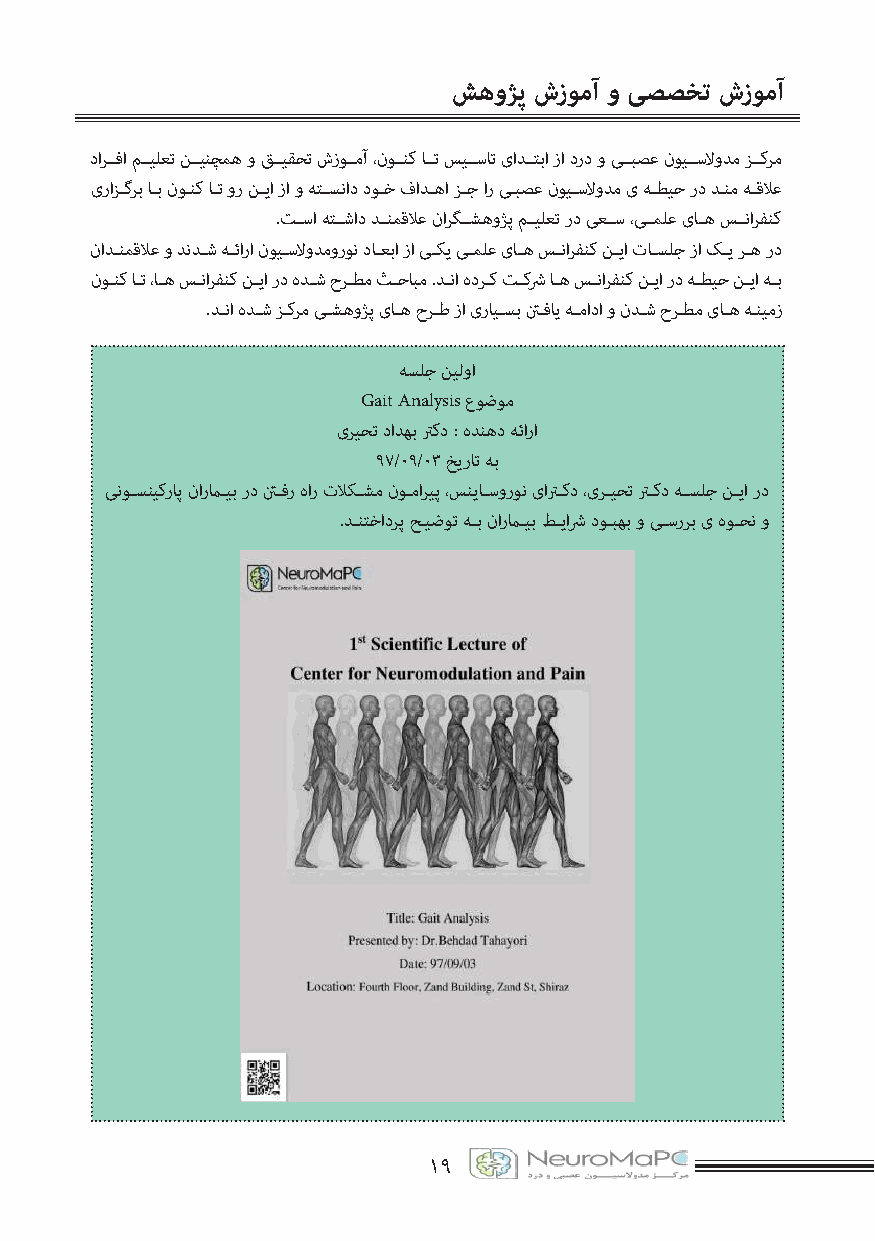
شهوژپ شزومآ و یصصخت شزومآ
 دارــفا مــیلعت نــینچمه و قــیقحت شزوــمآ ،نوــنک اــت سیــسات یادــتبا زا درد و یــبصع نویــسلاودم زــکرم
 یرازــگرب اــب نوــنک اــت ور نــیا زا و هتــسناد دوــخ فادــها زــج ار یــبصع نویــسلاودم ی هــطیح رد دــنم هــقلاع
 .تــسا هتــشاد دــنمقلاع نارگــشهوژپ مــیلعت رد یعــس ،یــملع یاــه ســنارفنک
 نادــنمقلاع و دندــش هــئارا نویــسلاودمورون داــعبا زا یــکی یــملع یاــه ســنارفنک نــیا تاــسلج زا کــی رــه رد
 نوــنک اــت ،اــه ســنارفنک نــیا رد هدــش حرــطم ثــحابم .دــنا هدرــک تــکشر اــه ســنارفنک نــیا رد هــطیح نــیا هــب
 .دــنا هدــش زــکرم یــشهوژپ یاــه حرــط زا یرایــسب نــفای هــمادا و ندــش حرــطم یاــه هــنیمز
 هسلج نیلوا
 Gait Analysis عوضوم
 یریحت دادهب ترکد : هدنهد هئارا
 97/۰۹/03 خیرات هب
 ینوــسنیکراپ ناراــیب رد نــفر هار تلاکــشم نوــماریپ ،سنیاــسورون یاترــکد ،یرــیحت ترــکد هــسلج نــیا رد
 .دــنتخادرپ حــیضوت هــب ناراــیب طــیاشر دوــبهب و یــسررب ی هوــحن و
 ۱۹